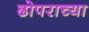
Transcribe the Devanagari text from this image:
ढोपराच्या